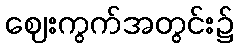
ဈေးကွက်အတွင်း၌